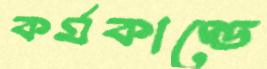
কর্মকাণ্ডে